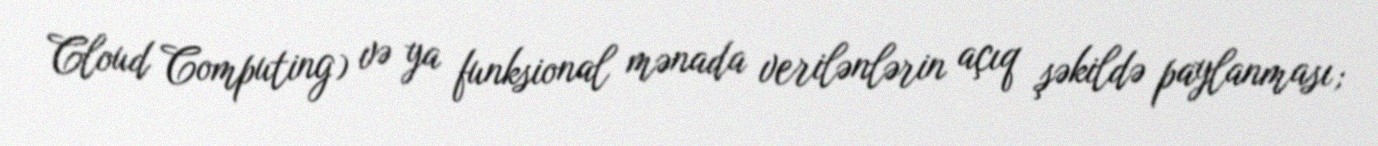
Cloud Computing) və ya funksional mənada verilənlərin açıq şəkildə paylanması;